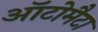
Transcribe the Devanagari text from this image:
ऑटोमैटा